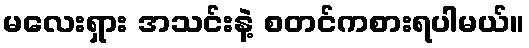
မလေးရှား အသင်းနဲ့ စတင်ကစားရပါမယ်။